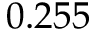
0 . 2 5 5